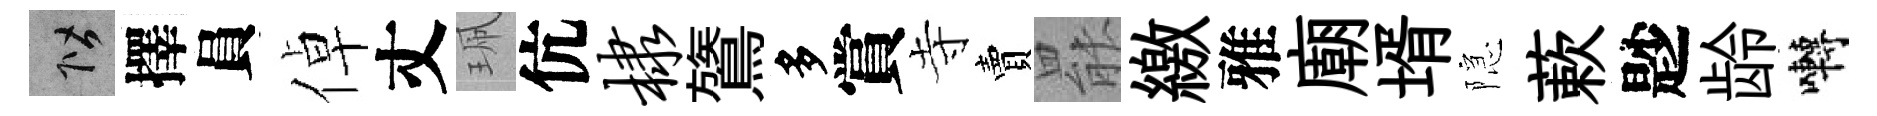
階擇員倬丈珮伉棣鷟多賞寺賣罷繳雅廟壻隠蔌尟龄囀